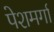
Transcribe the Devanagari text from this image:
पेशमर्गा